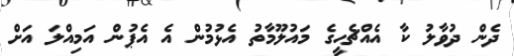
ދެން ދުވާލު ކާ އެއްޗެހީގެ މައުލޫމާތު އެޅުމުން އެ އެޕުން އަމިއްލަ އަށް